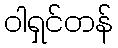
ဝါရှင်တန်